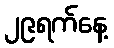
၂၉ရက်နေ့